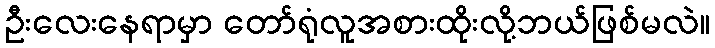
ဦးလေးနေရာမှာ တော်ရုံလူအစားထိုးလို့ဘယ်ဖြစ်မလဲ။